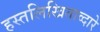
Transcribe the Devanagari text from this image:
हस्तलिखिताव्दारे